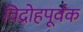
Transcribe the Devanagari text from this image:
विद्रोहपूर्वक